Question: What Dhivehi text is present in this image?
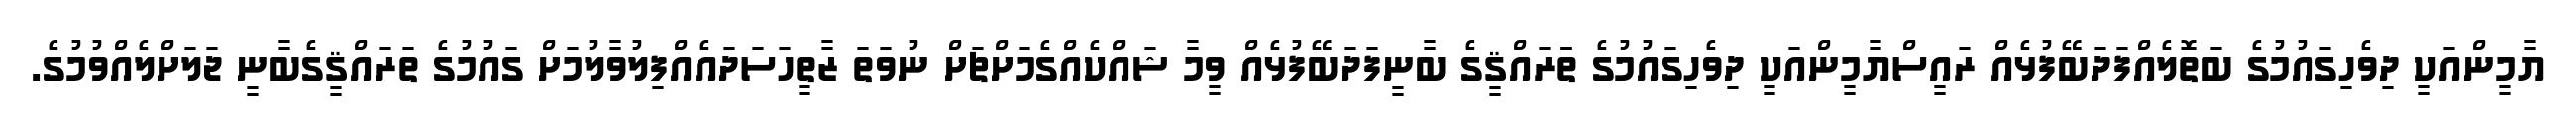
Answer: ޔާމީންއަކީ ދިވެހިގައުމުގެ ބަތޮލެއްފަދަބޭފުޅެއް ރައީސްޔާމީންއަކީ ދިވެހިގައުމުގެ ތަަރައްޤީގެ ބާނީފަދަބޭފުޅެއް ވީމާ ޝައްކެއްގެމަށްޗަށް ނުވަތަ ޒާތީހަސަދައެއްފިލުވާލުމަށް ގައުމުގެ ތަރައްޤީގެބާނީ ޖަލަށްލެއްވުމުގެ.